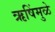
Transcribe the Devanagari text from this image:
ऋषिंमुळे